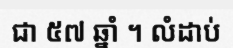
ជា ៥៧ ឆ្នាំ ។ លំដាប់